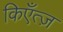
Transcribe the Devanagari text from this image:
किएँत्ज़